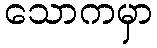
သောကမှာ